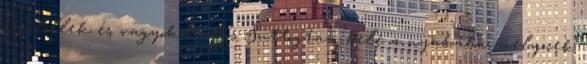
gyűlöllek és vagyok hálás Suttogtam bele a nyakába, melynek